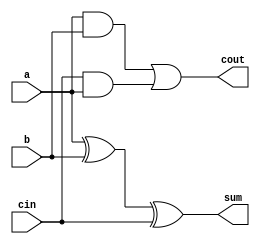
module full_adder5(a,b,cin,sum,cout);
input a,b,cin;
output sum,cout;
assign sum = a^b^cin;
assign cout = a&b|cin&(a|1'b0); 
// initial begin
//     $display("The incorrect adder with or0 having in2/0");
// end   
endmodule